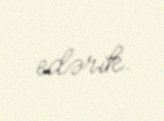
edərik.